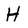
Character: H